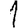
Digit: 1